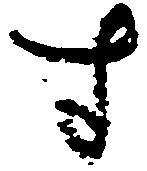
寸